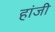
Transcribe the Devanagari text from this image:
हांजी